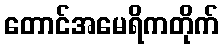
တောင်အမေရိကတိုက်